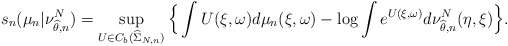
\begin{align*}s_n(\mu_n | \nu_{\widehat\theta, n}^N) = \sup_{U\in C_b( \widehat \Sigma_{N,n})} \Big\{\int U(\xi,\omega) d\mu_n(\xi,\omega) - \log \int e^{U(\xi,\omega)}d\nu_{\widehat\theta, n}^N (\eta,\xi)\Big\} .\end{align*}